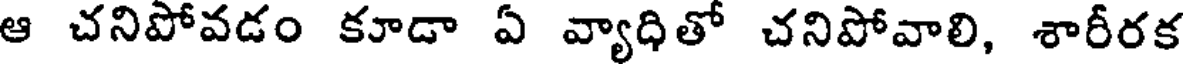
ఆ చనిపోవడం కూడా ఏ వ్యాధితో చనిపోవాలి, శారీరక